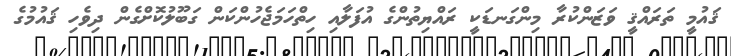
ޤައުމީ ތަރައްޤީ ވަޒަންކުރާ މިންގަނޑަކީ ރައްޔިތުންގެ އުފަލާއި ހިތްހަމަޖެހުންކަން ގަބޫލުކޮށްގެން ދިވެހި ޤައުމުގެ